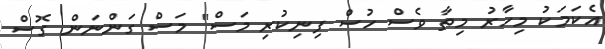
އެކަމަކު މިހާރު މިތާ ވެސް ހުސް ފިނިކުރި މަސް" މަސް ގަންނަން ގޮސް